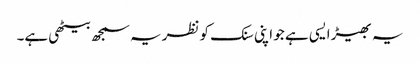
یہ بھیڑ ایسی ہے جو اپنی سنک کو نظریہ سمجھ بیٹھی ہے۔